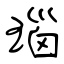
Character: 瑙